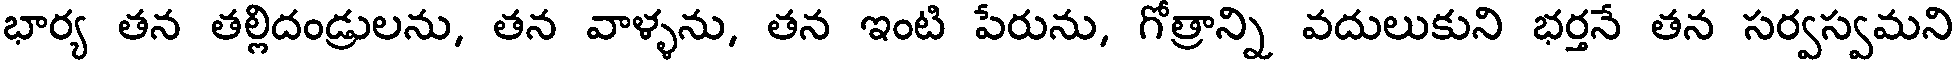
భార్య తన తల్లిదండ్రులను, తన వాళ్ళను, తన ఇంటి పేరును, గోత్రాన్ని వదులుకుని భర్తనే తన సర్వస్వమని